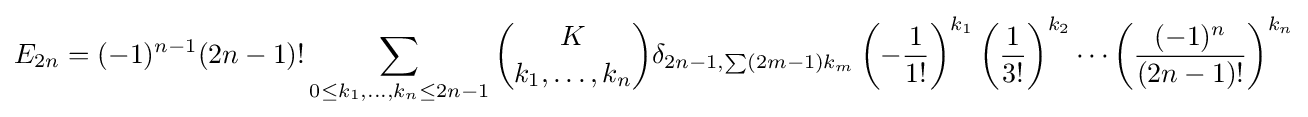
E_{2n}=(-1)^{n-1}(2n-1)!\sum _{0\leq k_{1},\ldots ,k_{n}\leq 2n-1}{\binom {K}{k_{1},\ldots ,k_{n}}}\delta _{2n-1,\sum (2m-1)k_{m}}\left(-{\frac {1}{1!}}\right)^{k_{1}}\left({\frac {1}{3!}}\right)^{k_{2}}\cdots \left({\frac {(-1)^{n}}{(2n-1)!}}\right)^{k_{n}}